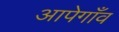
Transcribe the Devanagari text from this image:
आपेगाँव